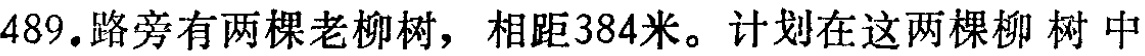
489.路旁有两棵老柳树，相距384米。计划在这两棵柳 树 中